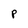
Character: P